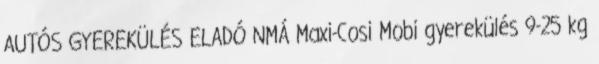
AUTÓS GYEREKÜLÉS ELADÓ NMÁ Maxi-Cosi Mobi gyerekülés 9-25 kg